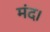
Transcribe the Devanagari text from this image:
मंद।